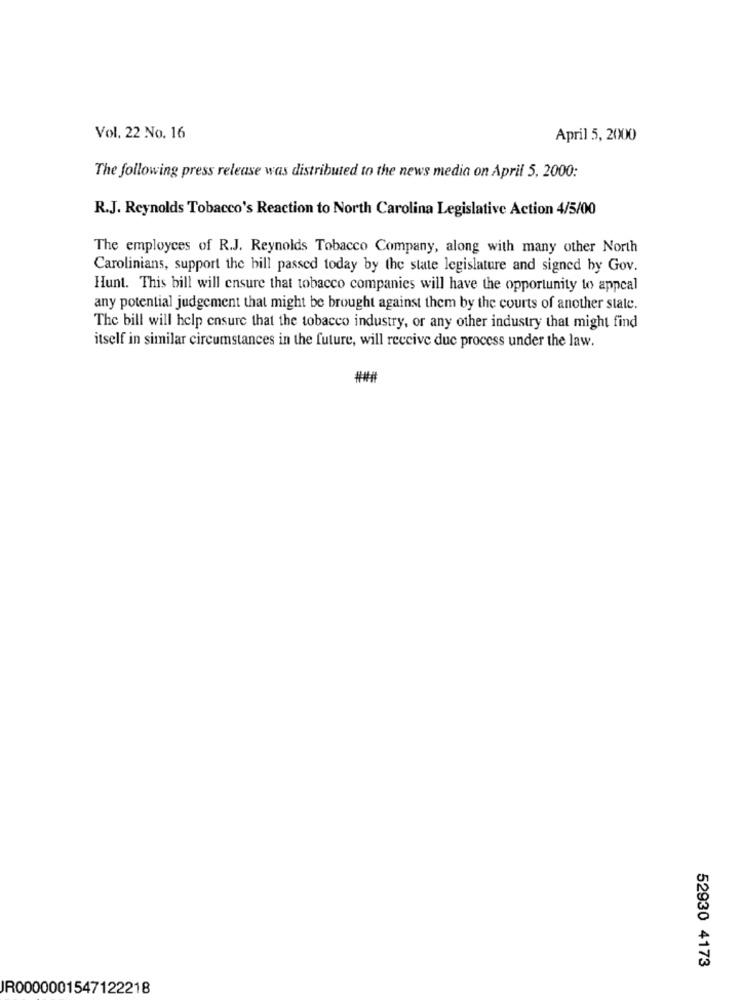
Vol. 22 No. 16
April 5, 2000
The following press release was distributed to the news media on April 5, 2000:
R.J. Reynolds Tobacco's Reaction to North Carolina Legislative Action 4/5/00
The employces of R.J. Reynolds Tobacco Company, along with many other North
Carolinians, support the hill passed today by the state legislature and signed by Gov.
Hunt. This bill will ensure that tobacco companies will have the opportunity to appeal
any potential judgement that might be brought against them by the courts of another state.
The bill will help ensure that the tobacco industry, or any other industry that might find
itself in similar circumstances in the future, will receive due process under the law.
52930 4173
JR0000001547122218